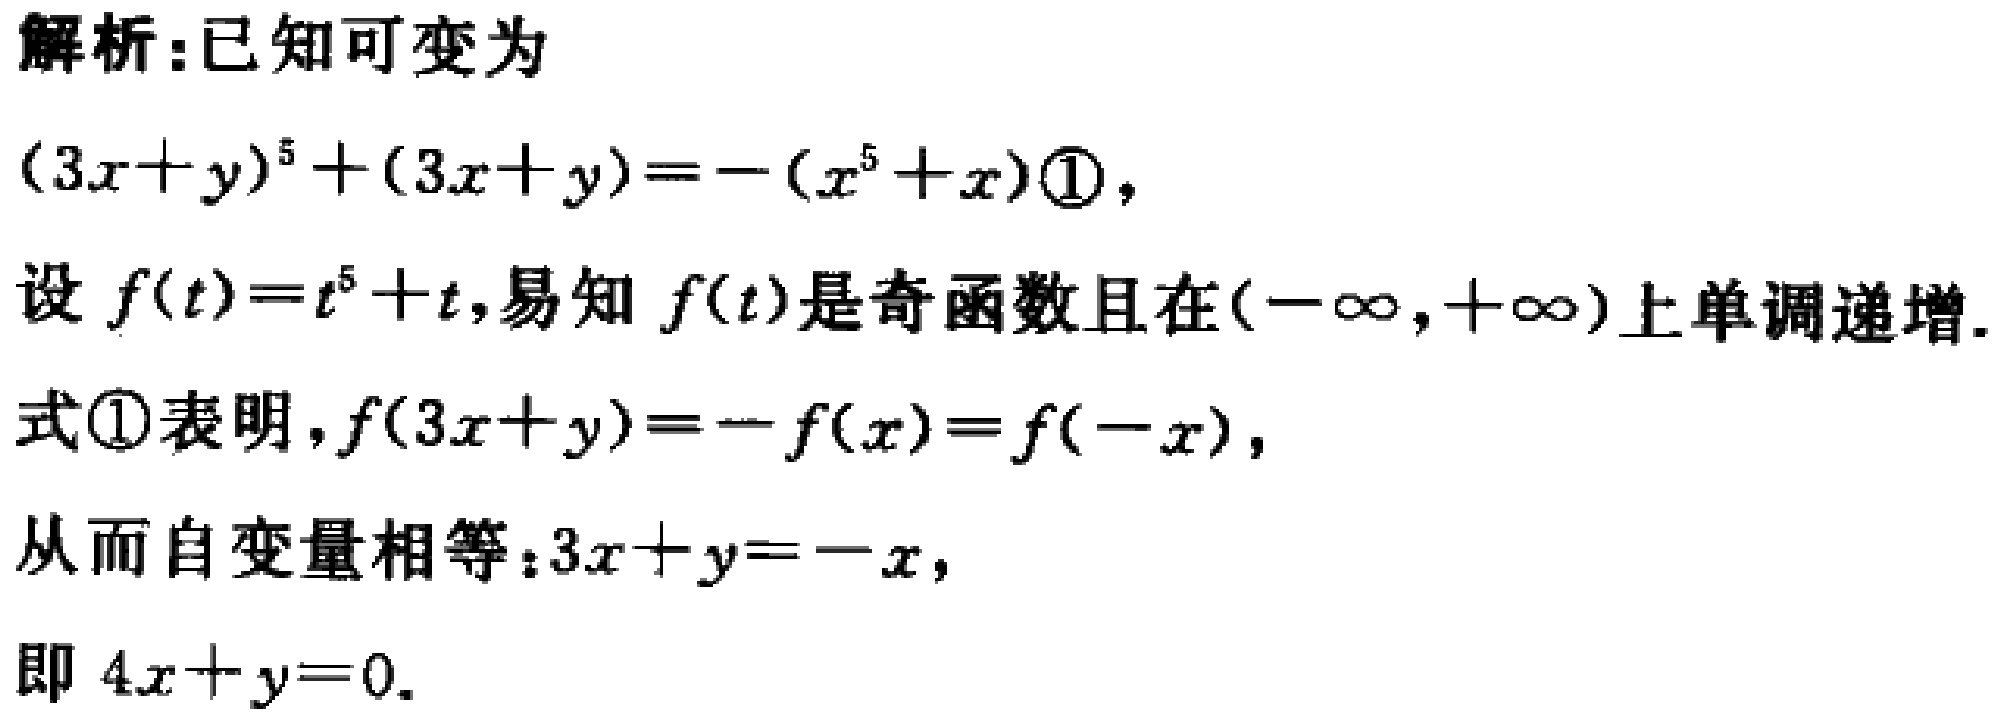
解析：已知可变为
\((3x + y)^5 + (3x + y)=-(x^5 + x)\textcircled{1}\)，
设\(f(t)=t^5 + t\)，易知 \(f(t)\)是奇函数且在\((-\infty,+\infty)\)上单调递增.
式\textcircled{1}表明，\(f(3x + y)=-f(x)=f(-x)\)，
从而自变量相等：\(3x + y=-x\)，
即 \(4x + y = 0\).